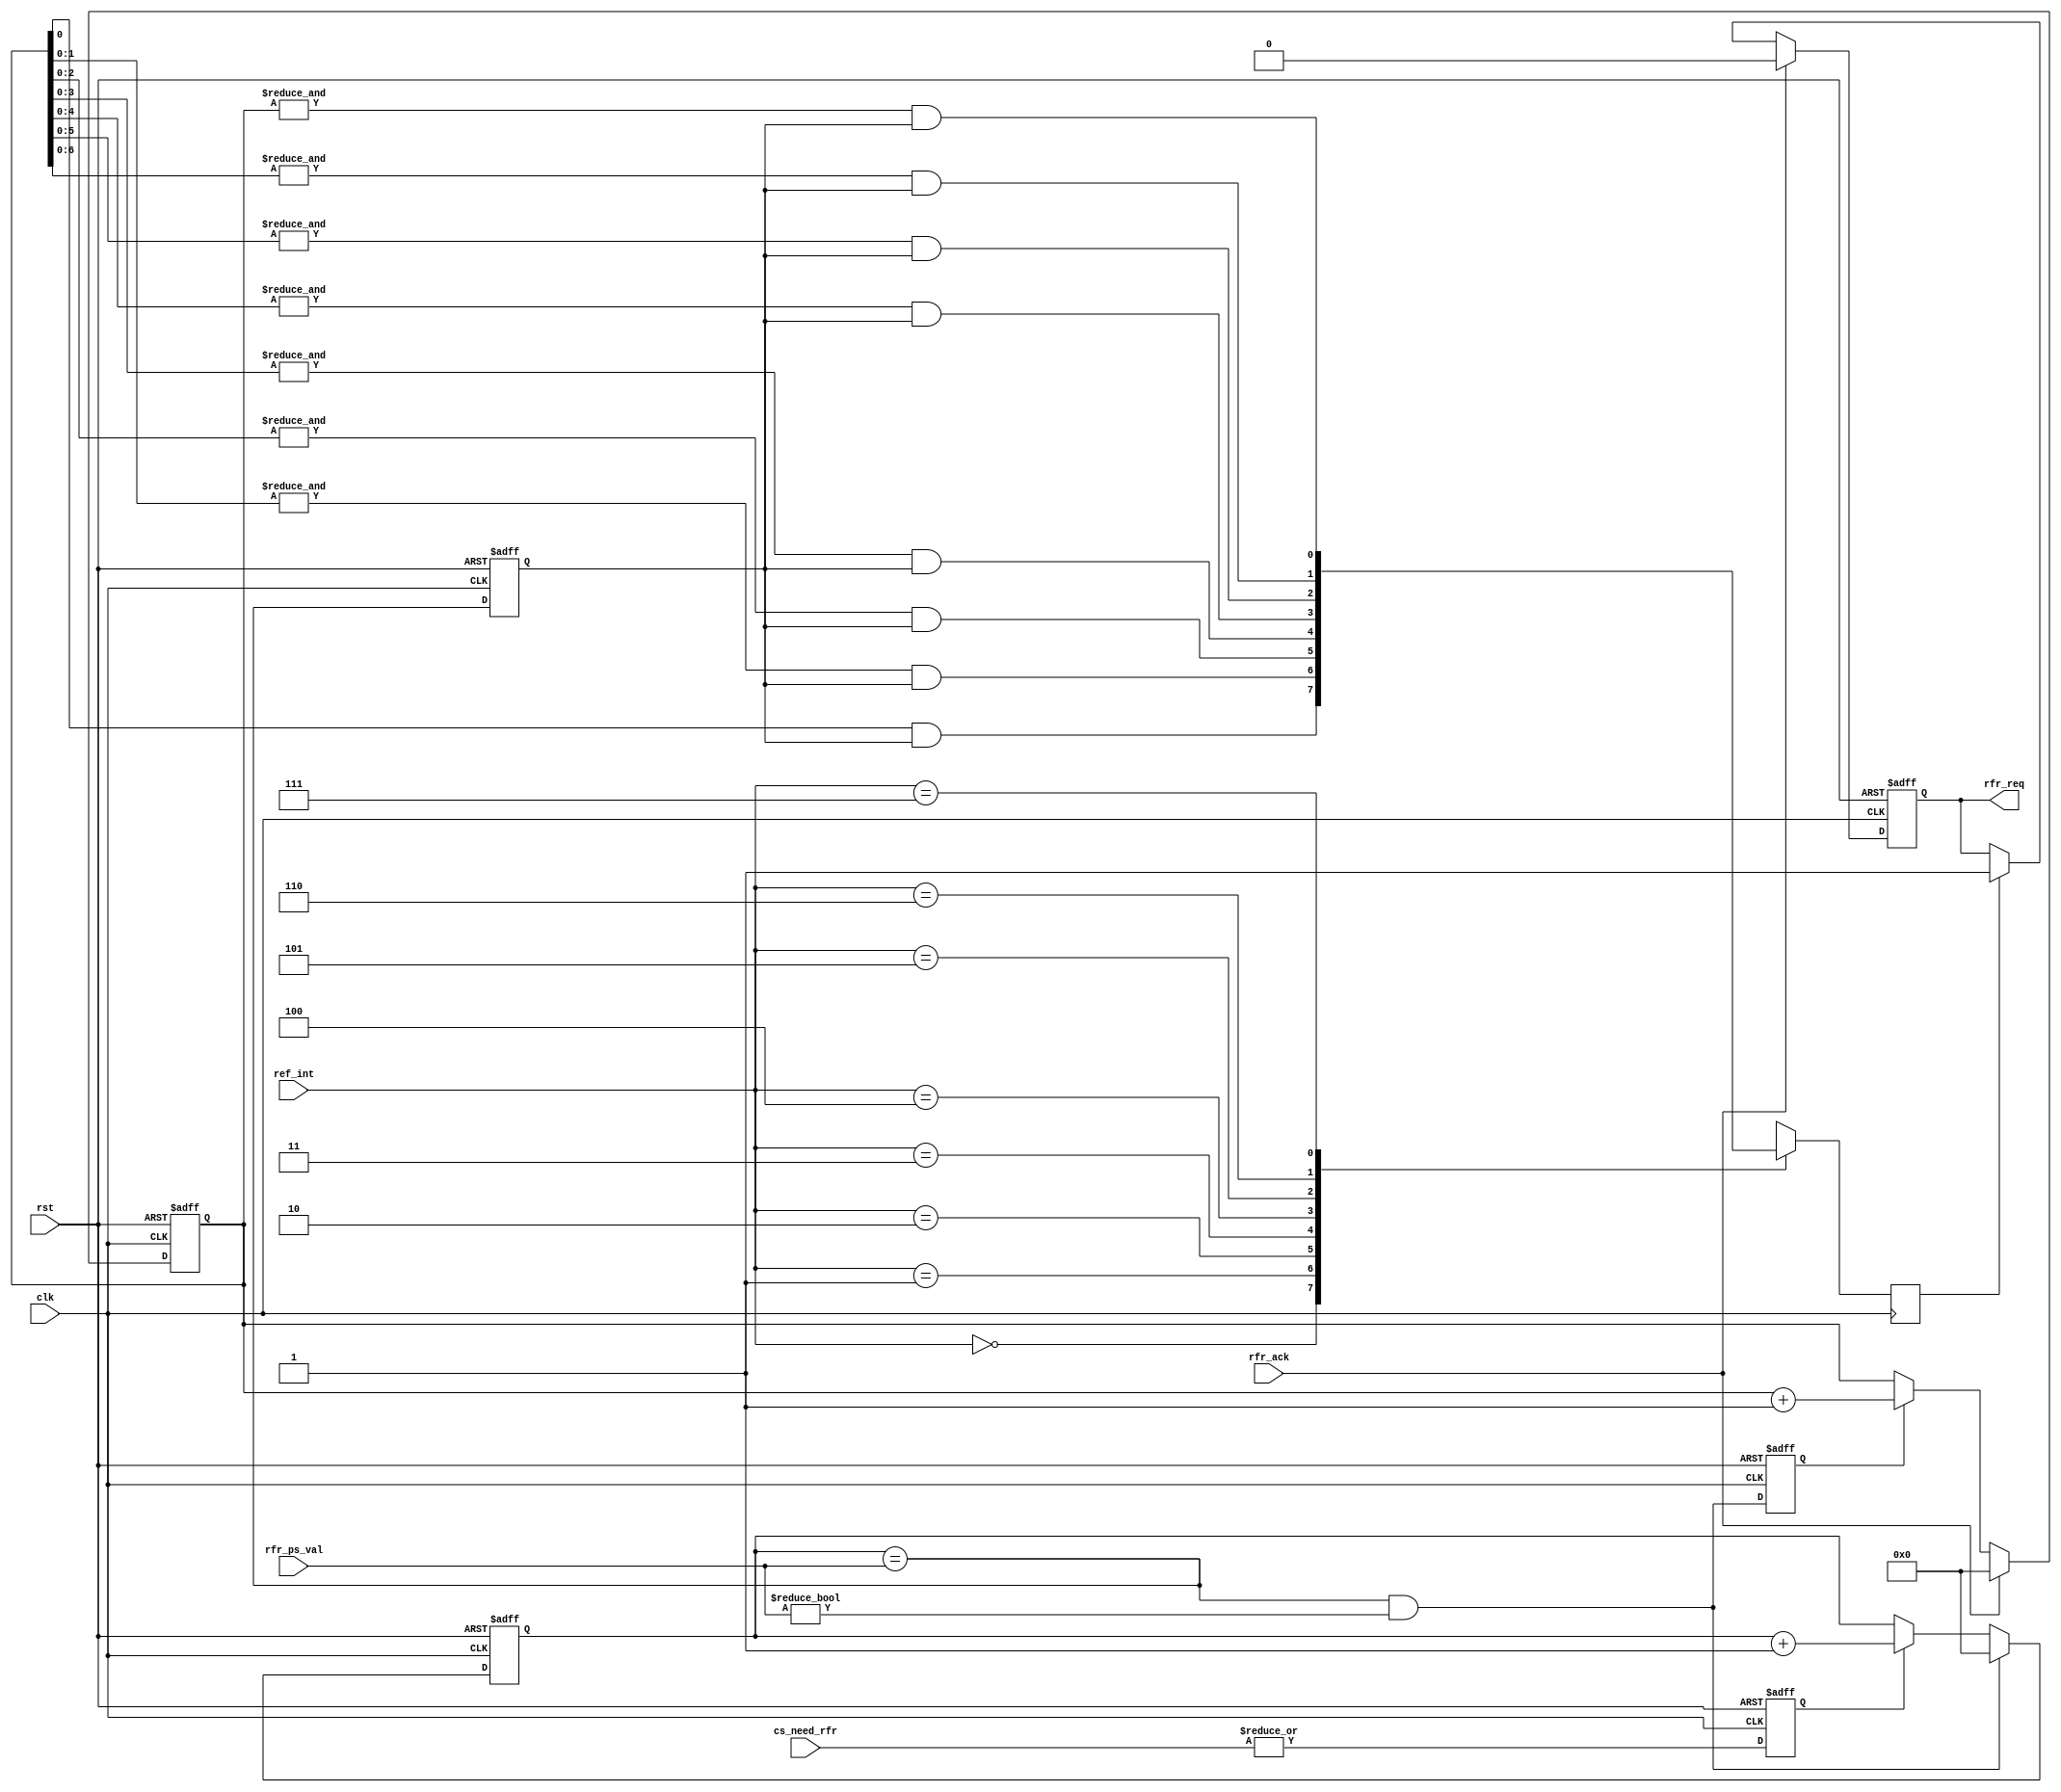
module mc_refresh(
	clk, 
	rst, 
	cs_need_rfr, 
	ref_int, 
	rfr_req, 
	rfr_ack,
	rfr_ps_val
);

	input			clk, rst;
	input	[7:0]	cs_need_rfr;
	input	[2:0]	ref_int;
	output			rfr_req;
	input			rfr_ack;
	input	[7:0]	rfr_ps_val;

	////////////////////////////////////////////////////////////////////
	//
	// Local Registers & Wires
	//

	reg				rfr_en;
	reg		[7:0]	ps_cnt;
	wire			ps_cnt_clr;
	reg				rfr_ce;
	reg		[7:0]	rfr_cnt;
	reg				rfr_clr;
	reg				rfr_req;
	reg				rfr_early;

	/*
	Refresh generation

	The prescaler generates a 0.48828 uS clock enable

	The refresh counter generates the following refresh rates:
	(Actual values are about 0.63% below the desired values).
	This is for a 200 Mhz WISHBONE Bus.
	0.970 uS,
	1.940
	3.880
	7.760
	15.520
	32.040
	62.080
	124.160 uS

	(desired values)
	0.976 uS
	1.953
	3.906
	7.812
	15.625
	31.250
	62.500
	125.000 uS
	*/

	////////////////////////////////////////////////////////////////////
	//
	// Prescaler
	//

	always @(posedge clk or posedge rst)
		if(rst)		rfr_en <= #1 1'b0;
		else		rfr_en <= #1 |cs_need_rfr;

	always @(posedge clk or posedge rst)
		if(rst)	
			ps_cnt <= #1 8'h0;
		else if(ps_cnt_clr)	
			ps_cnt <= #1 8'h0;
		else if(rfr_en)	
			ps_cnt <= #1 ps_cnt + 8'h1;

	assign ps_cnt_clr = (ps_cnt == rfr_ps_val) & (rfr_ps_val != 8'h0);

	always @(posedge clk or posedge rst)
		if(rst)		rfr_early <= #1 1'b0;
		else		rfr_early <= #1 (ps_cnt == rfr_ps_val);

	////////////////////////////////////////////////////////////////////
	//
	// Refresh Counter
	//

	always @(posedge clk or posedge rst)
		if(rst)		rfr_ce <= #1 1'b0;
		else		rfr_ce <= #1 ps_cnt_clr;

	always @(posedge clk or posedge rst)
		if(rst)	
			rfr_cnt <= #1 8'h0;
		else if(rfr_ack)
			rfr_cnt <= #1 8'h0;
		else if(rfr_ce)	
			rfr_cnt <= #1 rfr_cnt + 8'h1;

	always @(posedge clk)
		case(ref_int)		// synopsys full_case parallel_case
		   3'h0: rfr_clr <= #1  rfr_cnt[0]   & rfr_early;
		   3'h1: rfr_clr <= #1 &rfr_cnt[1:0] & rfr_early;
		   3'h2: rfr_clr <= #1 &rfr_cnt[2:0] & rfr_early;
		   3'h3: rfr_clr <= #1 &rfr_cnt[3:0] & rfr_early;
		   3'h4: rfr_clr <= #1 &rfr_cnt[4:0] & rfr_early;
		   3'h5: rfr_clr <= #1 &rfr_cnt[5:0] & rfr_early;
		   3'h6: rfr_clr <= #1 &rfr_cnt[6:0] & rfr_early;
		   3'h7: rfr_clr <= #1 &rfr_cnt[7:0] & rfr_early;
		endcase

	always @(posedge clk or posedge rst)
		if(rst)	
			rfr_req <= #1 1'b0;
		else if(rfr_ack)
			rfr_req <= #1 1'b0;
		else if(rfr_clr)
			rfr_req <= #1 1'b1;

endmodule